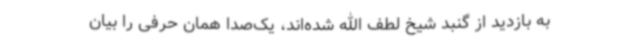
به بازدید از گنبد شیخ لطف الله شده‌اند، یک‌صدا همان حرفی را بیان